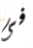
فى